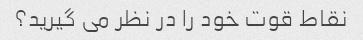
نقاط قوت خود را در نظر می گیرید؟